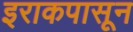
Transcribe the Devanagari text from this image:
इराकपासून